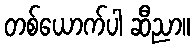
တစ်ယောက်ပါ ဆီညာ။